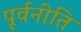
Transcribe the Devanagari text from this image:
पूर्वनीति